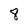
Character: 8